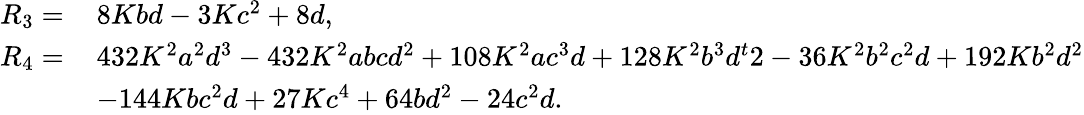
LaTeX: \begin{array}{rl}{R_{3}=\, }&{8Kbd-3Kc^{2}+8d,}\\ {R_{4}=\, }&{432K^{2}a^{2}d^{3}-432K^{2}abcd^{2}+108K^{2}ac^{3}d+128K^{2}b^{3}d^{t}2-36K^{2}b^{2}c^{2}d+192Kb^{2}d^{2}}\\ &{-144Kbc^{2}d+27Kc^{4}+64bd^{2}-24c^{2}d.}\end{array}